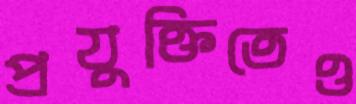
প্রযুক্তিতেও